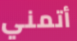
أتمني